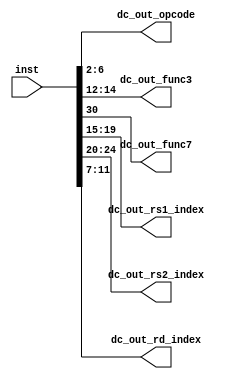
module Decoder (
    input [31:0] inst,
    output [4:0] dc_out_opcode,
    output [2:0] dc_out_func3,
    output dc_out_func7,
    output [4:0] dc_out_rs1_index,
    output [4:0] dc_out_rs2_index,
    output [4:0] dc_out_rd_index

);

assign dc_out_opcode = inst[6:2];
assign dc_out_func3 = inst[14:12];
assign dc_out_func7 = inst[30];
assign dc_out_rs1_index = inst[19:15];
assign dc_out_rs2_index = inst[24:20];
assign dc_out_rd_index = inst[11:7];




endmodule